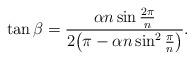
LaTeX: \begin{align*}\tan \beta =\frac {\alpha n \sin \frac {2\pi}n}{2\big(\pi-\alpha n\sin^2 \frac \pi n \big)}.\end{align*}